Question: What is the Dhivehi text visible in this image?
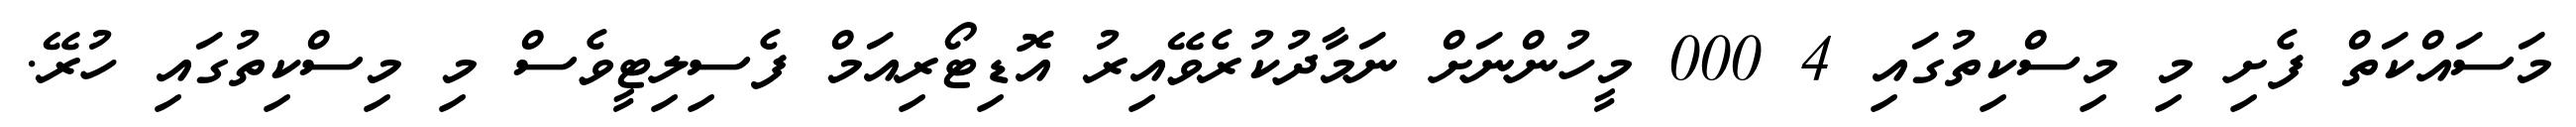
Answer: މަސައްކަތް ފެށި މި މިސްކިތުގައި 4 000 މީހުންނަށް ނަމާދުކުރެވޭއިރު އޮޑިޓޯރިއަމް ފެސިލިޓީވެސް މި މިސްކިތުގައި ހުރޭ.